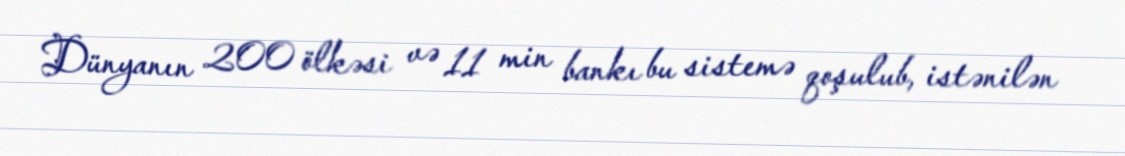
Dünyanın 200 ölkəsi və 11 min bankı bu sistemə qoşulub, istənilən